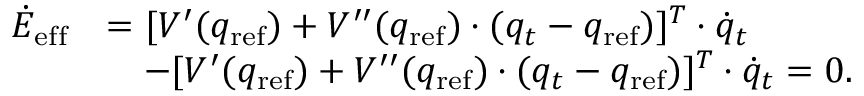
\begin{array} { r l } { \dot { E } _ { \mathrm { e f f } } } & { = [ V ^ { \prime } ( q _ { \mathrm { r e f } } ) + V ^ { \prime \prime } ( q _ { \mathrm { r e f } } ) \cdot ( q _ { t } - q _ { \mathrm { r e f } } ) ] ^ { T } \cdot \dot { q } _ { t } } \\ & { ~ ~ ~ - [ V ^ { \prime } ( q _ { \mathrm { r e f } } ) + V ^ { \prime \prime } ( q _ { \mathrm { r e f } } ) \cdot ( q _ { t } - q _ { \mathrm { r e f } } ) ] ^ { T } \cdot \dot { q } _ { t } = 0 . } \end{array}